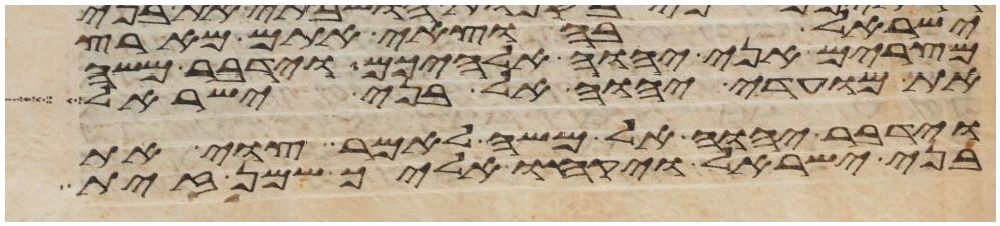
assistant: ישראל בהוצאי אתם מארץ
מצרים אני יהוה אלהיכם וידבר משה
את מועדי יהוה אל בני ישראל
וידבר יהוה אל משה לאמר צוי את
בני ישראל ויקחו אליך שמן זית